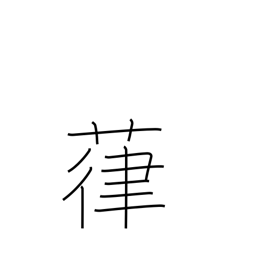
Meaning: vines